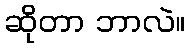
ဆိုတာ ဘာလဲ။